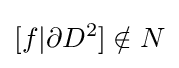
[f|\partial D^{2}]\notin N